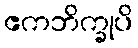
ဧကဘိက္ခုပိ